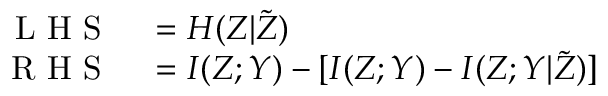
\begin{array} { r l } { \mathrm { ~ L ~ H ~ S ~ } } & { { } = H ( Z | \tilde { Z } ) } \\ { \mathrm { ~ R ~ H ~ S ~ } } & { { } = I ( Z ; Y ) - [ I ( Z ; Y ) - I ( Z ; Y | \tilde { Z } ) ] } \end{array}